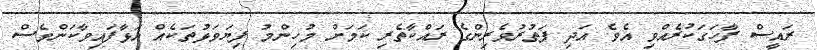
ރައީސް ފާހަގަކުރެއްވި އެވެ. އަދި ފަތުރުވެރިންގެ ރައްކާތެރި ކަމަށް މުހިންމު ފިޔަވަޅުތަކެއް އަޅާފައިވާކަންވެސް